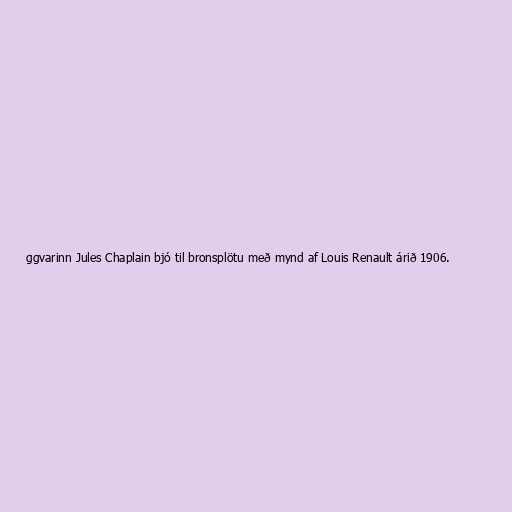
ggvarinn Jules Chaplain bjó til bronsplötu með mynd af Louis Renault árið 1906.